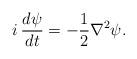
LaTeX: \begin{align*}i\: \frac{d\psi}{dt} = -\frac{1}{2} \nabla^2 \psi.\end{align*}